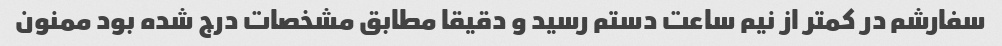
سفارشم در کمتر از نیم ساعت دستم رسید و دقیقا مطابق مشخصات درج شده بود ممنون